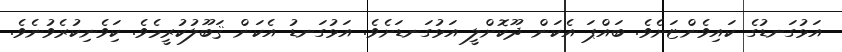
އަޅުގަނޑުގެ ކައިވެންޏަށެވެ. ބައްޕަ އެކަން ދޫކޮށްލީ އަޅުގަނޑަށެވެ. އަޅުގަނޑު އެކަން ޤަބޫލުކުރީމެވެ. ކަިވެނިކުރެވުނެވެ.